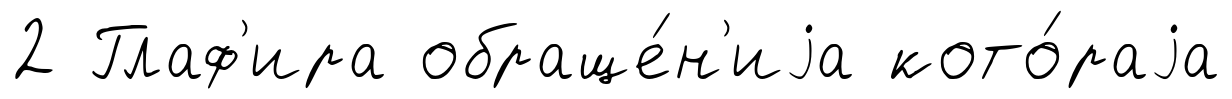
2 Глаф'ира обраще́н'иjа кото́раjа